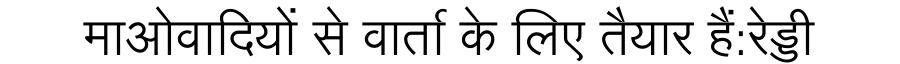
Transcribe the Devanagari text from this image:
माओवादियों से वार्ता के लिए तैयार हैं:रेड्डी